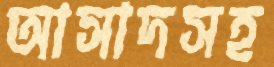
আসাদসহ